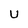
Character: U